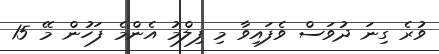
ވުރެ ގިނަ ދުވަސް ވެފައިވާ މި ފިލްމު އެންމެ ފަހުން މޭ 15